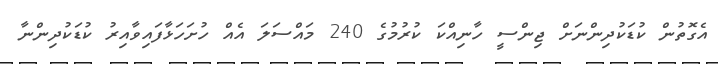
އެގޮތުން ކުޑަކުދިންނަށް ޖިންސީ ހާނިއްކަ ކުރުމުގެ 240 މައްސަލަ އެއް ހުށަހަޅާފައިވާއިރު ކުޑަކުދިންނާ